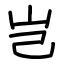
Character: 岂